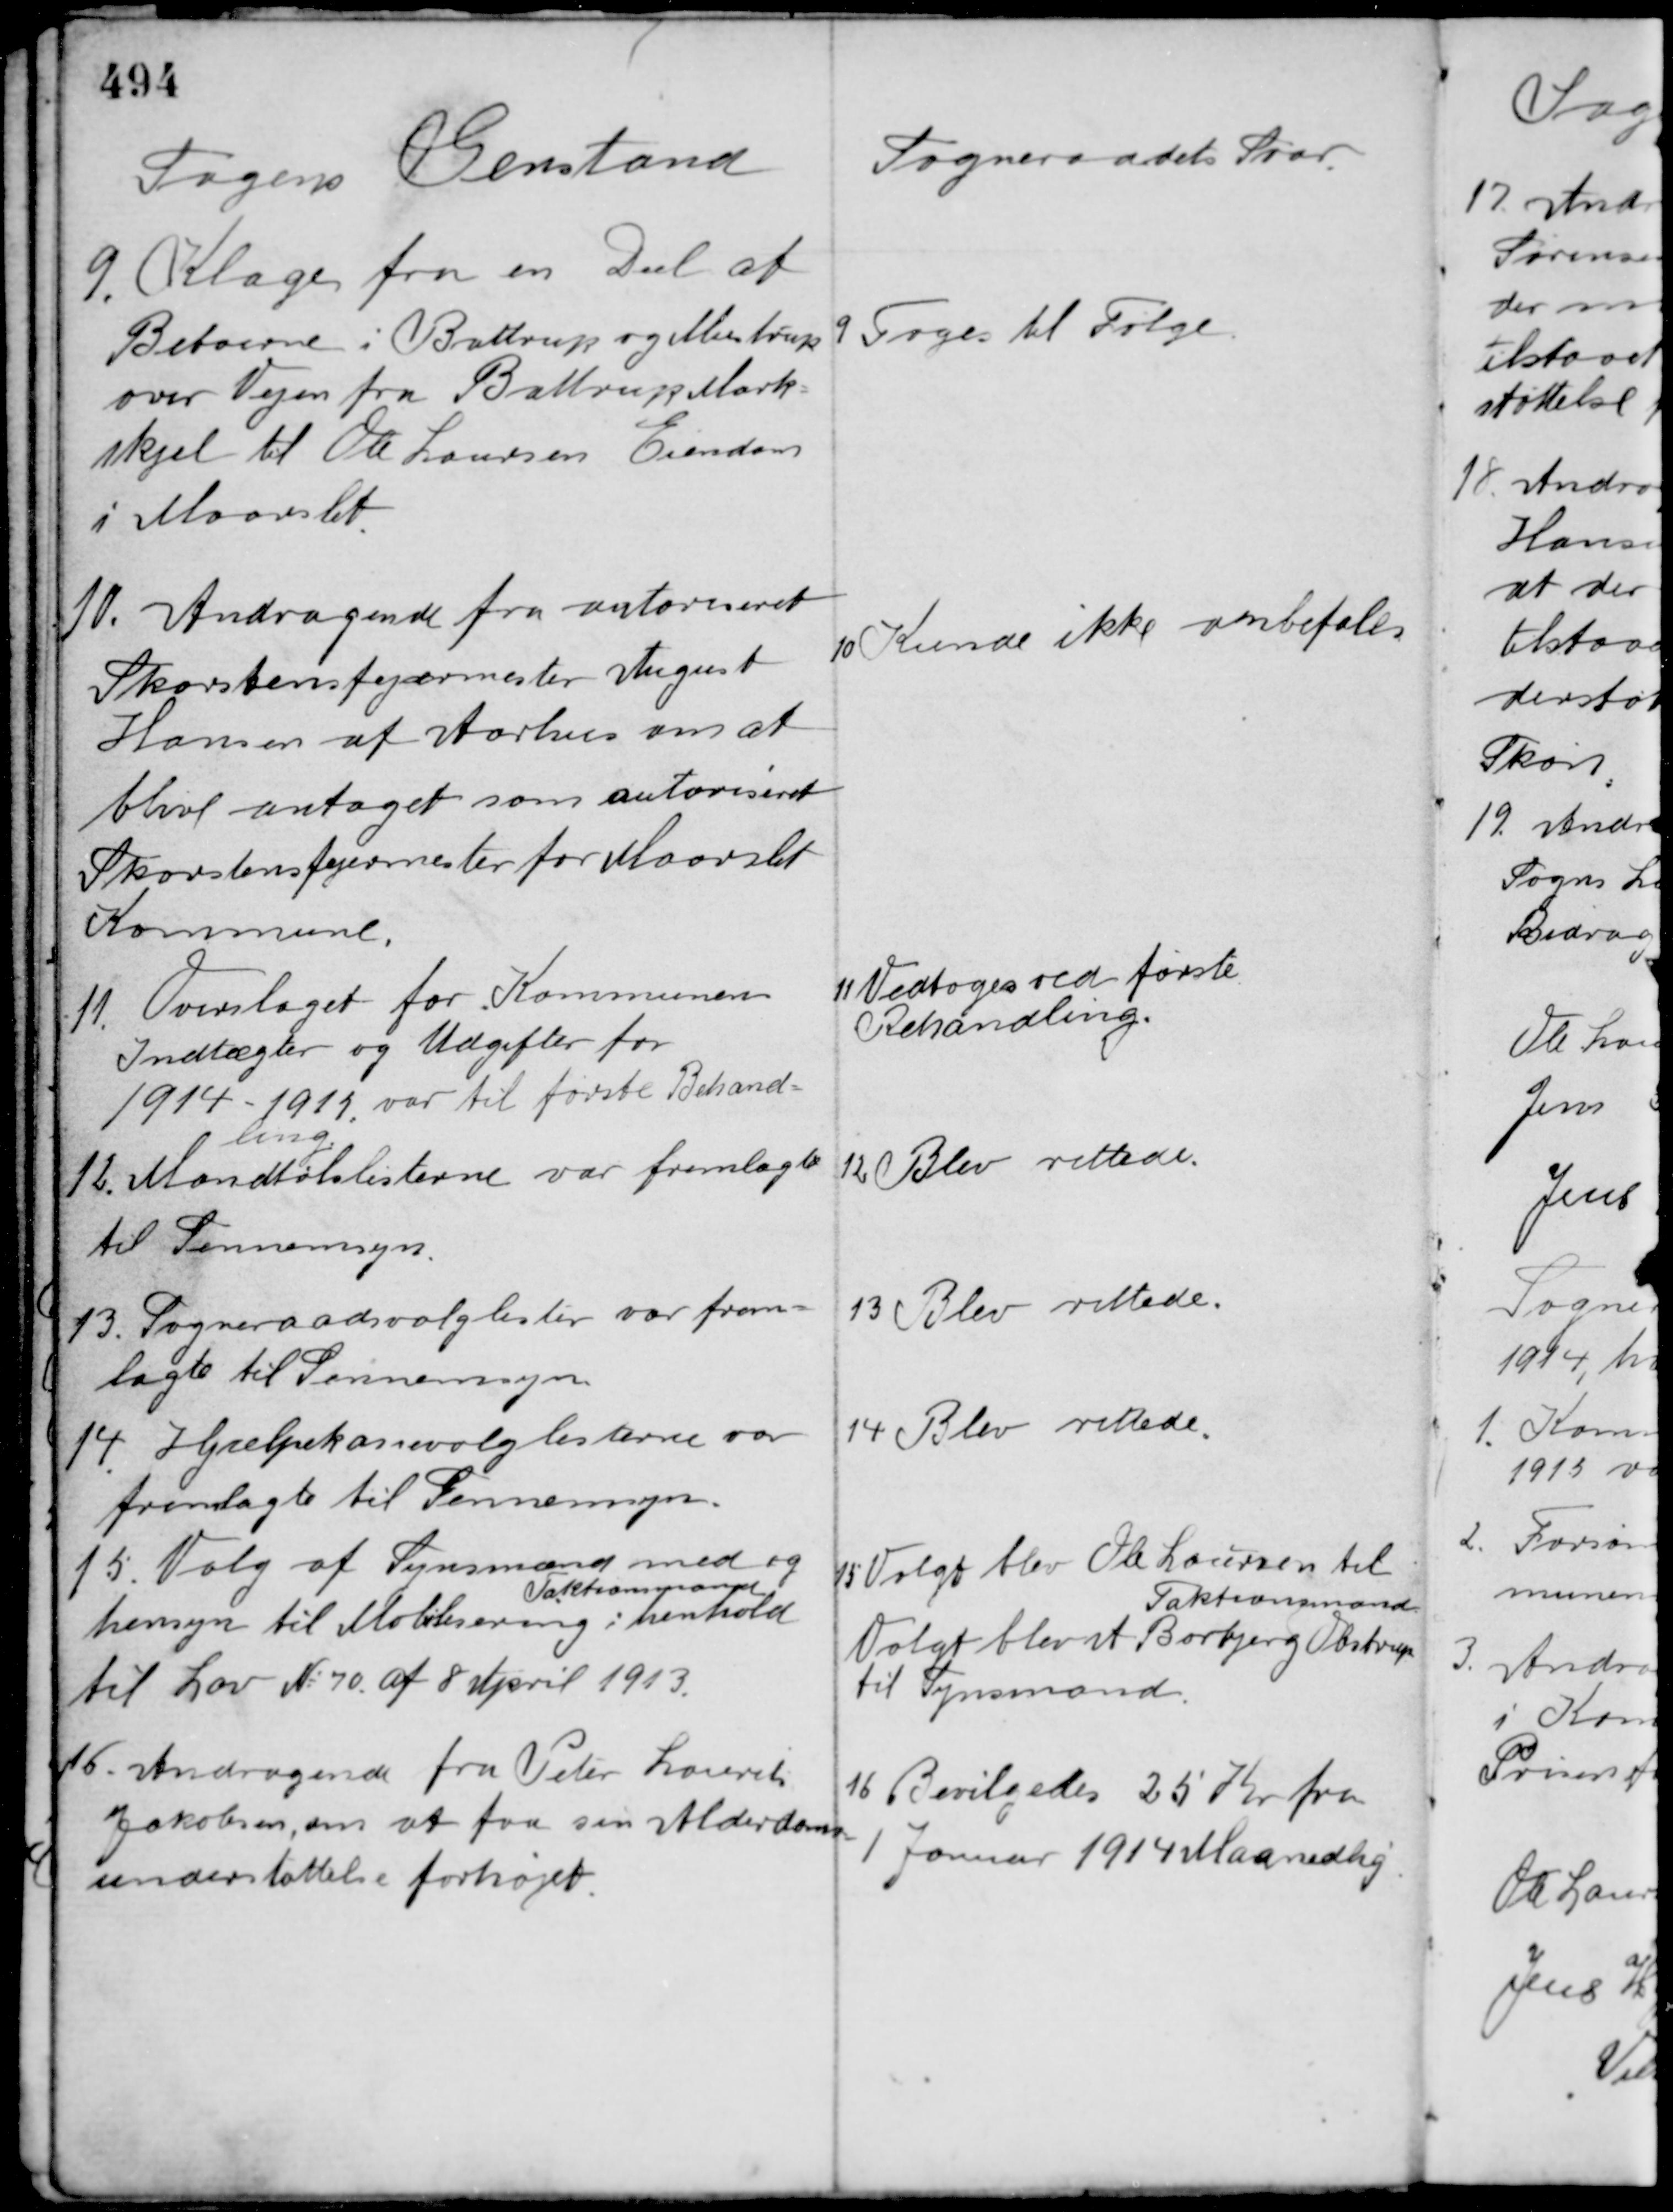
Transskription:
Sagens Genstand

Sogneraadets Svar.

9. Klage fra en Del af
Beboerne i Battrup og Mustrup
over Vejen fra Battrup Mark-
skjel til Ole Laursen Ejendom
i Maarslet

9 Toges til Følge.

10. Andragende fra autoriseret
Skorstensfejermester August
Hansen af Aarhus om at
blive antaget som autoriseret
Skorstensfejermester for Maarslet
Kommune.

10 Kunde ikke anbefales

11. Overslaget for Kommunens
Indtægter og Udgifter for
1914-1915 var til første Behand-
ling.

11 Vedtoges ved første
Behandling.

12. Mandtalslisterne var fremlagte
til Gennemsyn.

12. Blev rettede.

13. Sogneraadsvalglister var frem-
lagte til Gennemsyn.

13 Blev rettede.

14. Hjælpekassevalglisterne var
fremlagte til Gennemsyn.

14 Blev rettede.

15. Valg af Synsmænd med og
Taktionsmand
hensyn til Mobilisering i henhold
til Lov No. 70 af 8 April 1913.

15 Valgt blev Ole Laursen til
Taktionsmand
Valgt blev et Borbjerg Obstrup
til Synsmand.

16. Andragende fra Peter Laurits
Jakobsen, om at faa sin Alderdoms-
understøttelse forhøjet.

16 Bevilgedes 25 Kr. fra
Januar 1914 Maanedlig